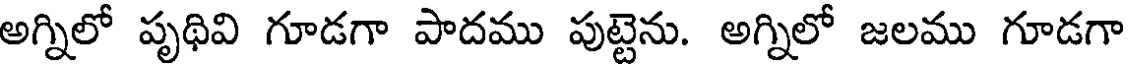
అగ్నిలో పృథివి గూడగా పాదము పుట్టెను. అగ్నిలో జలము గూడగా